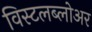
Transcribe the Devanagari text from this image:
विस्टलब्लोअर